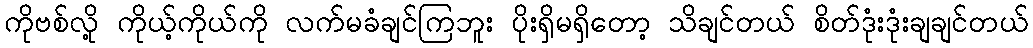
ကိုဗစ်လို့ ကိုယ့်ကိုယ်ကို လက်မခံချင်ကြဘူး ပိုးရှိမရှိတော့ သိချင်တယ် စိတ်ဒုံးဒုံးချချင်တယ်